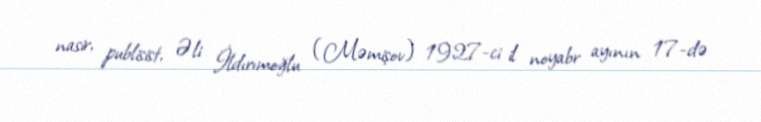
nasir, publisist, Əli İldırımoğlu (Məmişov) 1927-ci il noyabr ayının 17-də